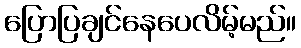
ပြောပြချင်နေပေလိမ့်မည်။